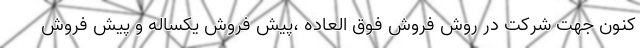
كنون جهت شركت در روش فروش فوق العاده ،پيش فروش يكساله و پيش فروش